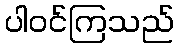
ပါဝင်ကြသည်